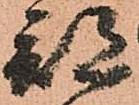
部